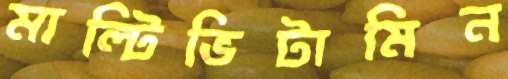
মাল্টিভিটামিন